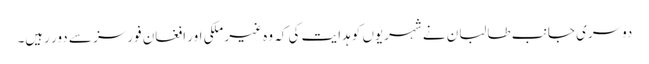
دوسری جانب طالبان نے شہریوں کو ہدایت کی کہ وہ غیر ملکی اور افغان فورسز سے دور رہیں۔